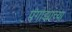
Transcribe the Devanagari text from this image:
पॅगोड्याच्या